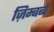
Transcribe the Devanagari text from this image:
ज़िम्बब्वे